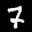
Label: 7